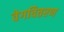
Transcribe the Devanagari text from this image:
वेगवितरण